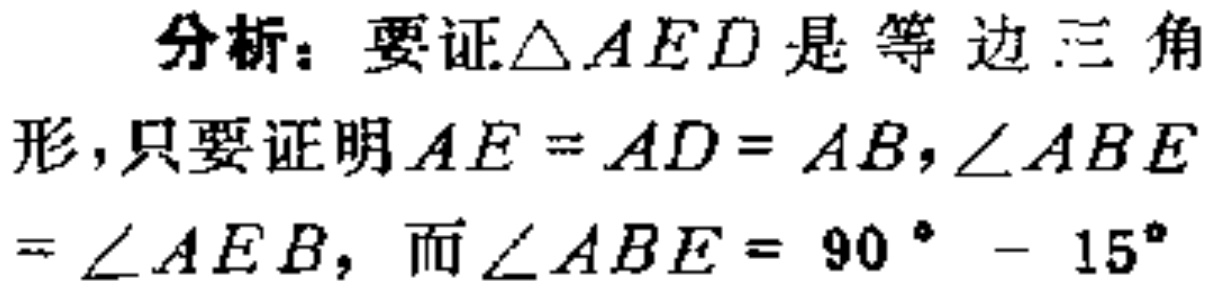
分析：要证$\triangle AED$是等边三角

形，只要证明$AE = AD = AB$，$\angle ABE$

$= \angle AEB$，而$\angle ABE = 90^{\circ} - 15^{\circ}$